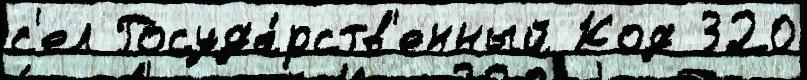
с'ел Госуда́рств'енный Код 320